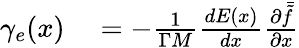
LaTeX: \begin{array}{rl}{\gamma_{e}(x)}&{{}=-\frac{1}{\Gamma M}\frac{dE(x)}{dx}\frac{\partial\bar{\tilde{f}}}{\partial x}}\end{array}